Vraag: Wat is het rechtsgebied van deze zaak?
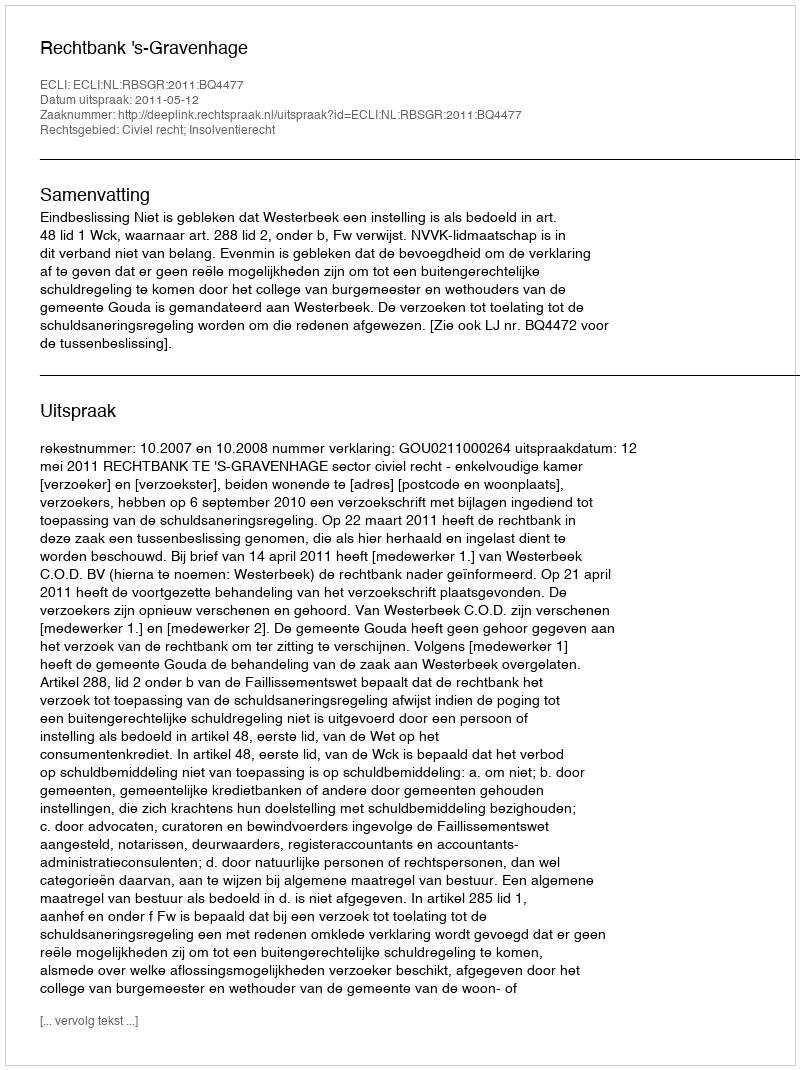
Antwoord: Civiel recht; Insolventierecht